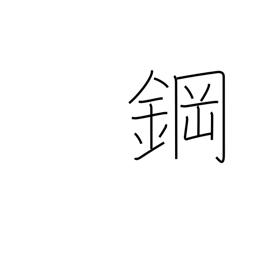
Meaning: steel